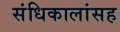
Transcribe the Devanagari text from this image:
संधिकालांसह